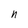
Character: n